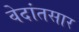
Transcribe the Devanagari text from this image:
वेदांतसार